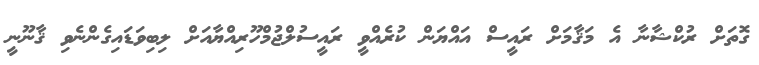
ގޮތަށް ރުކްޝާނާ އެ މަޤާމަށް ރައީސް އައްޔަން ކުރެއްވީ ރައީސުލްޖުމްހޫރިއްޔާއަށް ލިބިވަޑައިގެންނެވި ޤާނޫނީ